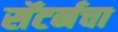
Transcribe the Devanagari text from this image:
सॅटर्नचा